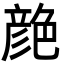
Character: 𦫨